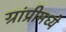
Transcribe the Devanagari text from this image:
ग्रांप्रीमध्ये